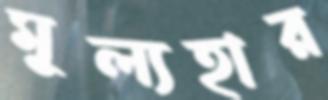
মূল্যহার